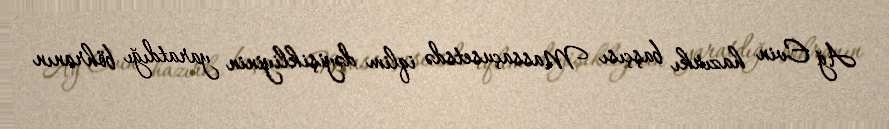
Ağ Evin hazırkı başçısı Massaçusetsdə iqlim dəyişikliyinin yaratdığı böhranın